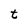
Character: t